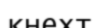
кнехт